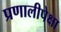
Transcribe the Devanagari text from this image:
प्रणालीपेक्षा